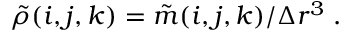
\Tilde { \rho } ( i , j , k ) = \Tilde { m } ( i , j , k ) / \Delta r ^ { 3 } \; .